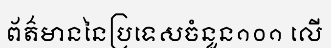
ព័ត៌មាននៃប្រទេសចំនួន១០១ លើ